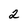
Character: 2